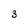
Character: 3